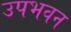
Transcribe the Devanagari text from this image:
उपभवन